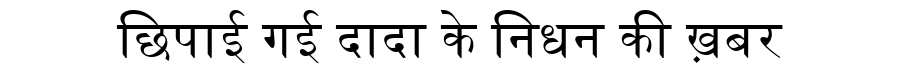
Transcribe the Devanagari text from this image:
छिपाई गई दादा के निधन की ख़बर